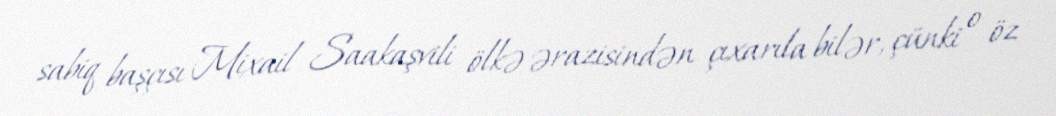
sabiq başçısı Mixail Saakaşvili ölkə ərazisindən çıxarıla bilər, çünki o öz